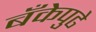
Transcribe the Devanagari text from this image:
बँकेपुढे